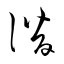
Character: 潛